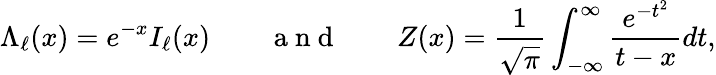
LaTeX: \Lambda_{\ell}(x)=e^{-x}I_{\ell}(x)\qquad\mathrm{~a~n~d~}\qquad Z(x)=\frac{1}{\sqrt{\pi}}\int_{-\infty}^{\infty}\frac{e^{-t^{2}}}{t-x}dt,